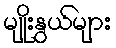
မျိုးနွယ်များ